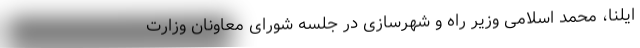
ایلنا، محمد اسلامی وزیر راه و شهرسازی در جلسه شورای معاونان وزارت